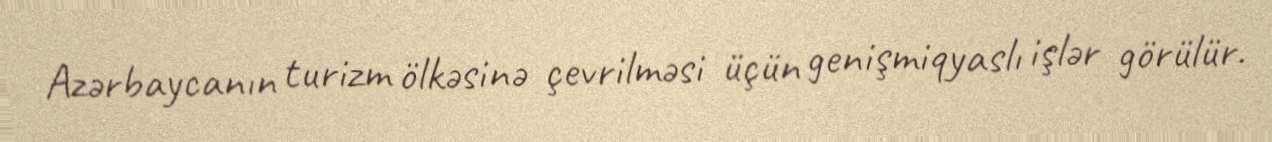
Azərbaycanın turizm ölkəsinə çevrilməsi üçün genişmiqyaslı işlər görülür.